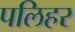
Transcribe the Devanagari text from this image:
पलिहर